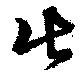
比